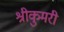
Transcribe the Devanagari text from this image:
श्रीकुमरी